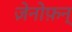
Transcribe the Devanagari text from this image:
ज़ेनोफ़न्